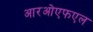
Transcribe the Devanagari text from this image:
आरओएफएल